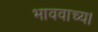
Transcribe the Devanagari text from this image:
भाववाच्य।